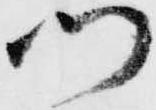
門